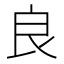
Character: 良